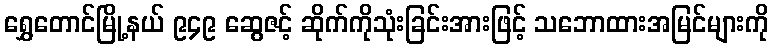
ရွှေတောင်မြို့နယ် ၉၄၉ ဆွေဇင့် ဆိုက်ကိုသုံးခြင်းအားဖြင့် သဘောထားအမြင်များကို